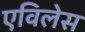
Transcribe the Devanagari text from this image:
एविलेस